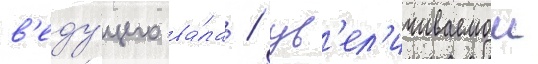
в'еду́щего ва́ла / ув'ел'ичиваемои